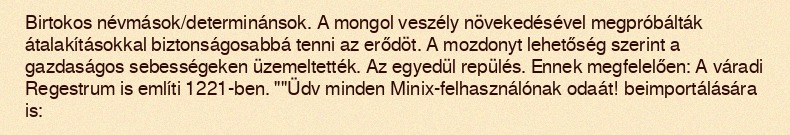
Birtokos névmások/determinánsok. A mongol veszély növekedésével megpróbálták átalakításokkal biztonságosabbá tenni az erődöt. A mozdonyt lehetőség szerint a gazdaságos sebességeken üzemeltették. Az egyedül repülés. Ennek megfelelően: A váradi Regestrum is említi 1221-ben. ""Üdv minden Minix-felhasználónak odaát! beimportálására is: